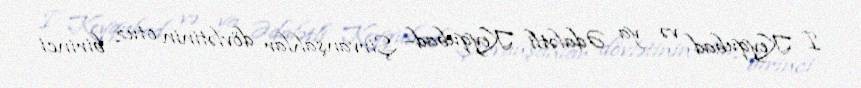
I Keyqubad və ya Ədalətli Keyqubad– Şirvanşahlar dövlətinin otuz birinci